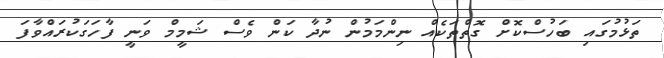
ތަޅުމުގައި ބަހުސްކޮށް ގޮތްތަކެއް ނިންމަމުން ނުދާ ކަން ވެސް ޝަމީމް ވަނީ ފާހަގަކުރައްވާފަ